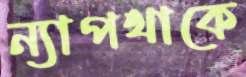
ন্যাপথাকে